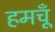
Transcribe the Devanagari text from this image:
हमचूँ